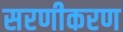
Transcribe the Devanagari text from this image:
सरणीकरण